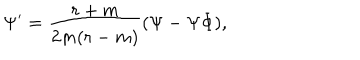
\Psi ^ { \prime } = { \frac { r + m } { 2 m ( r - m ) } } ( \Psi - \Psi \Phi ) ,